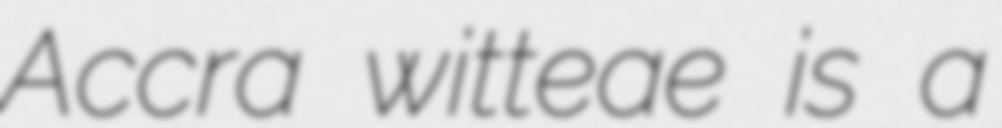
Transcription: Accra witteae is a